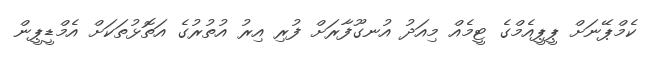
ކެމްޕޭނަށް ޕީޕީއެމްގެ ޓީމެއް މިއަދު އުނގޫފާރަށް ފުރި އިރު އުތުރުގެ އަތޮޅުތަކަށް އެމްޑީޕީން